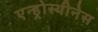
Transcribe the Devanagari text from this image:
एन्ड्रोस्थीनेस